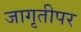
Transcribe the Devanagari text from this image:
जागृतीपर